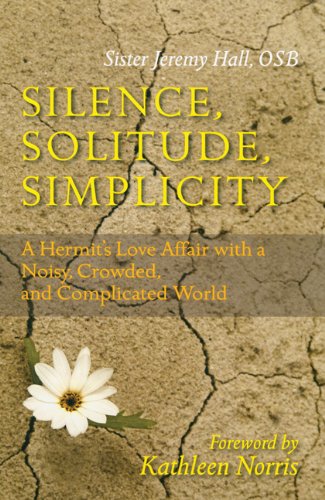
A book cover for Silence, Solitude, Simplicity: A Hermit's Love Affair with a Noisy, Crowded, and Complicated World; Jeremy Hall; Christian Books & Bibles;